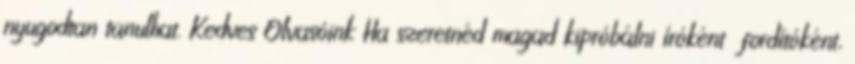
nyugodtan tanulhat. Kedves Olvasóink Ha szeretnéd magad kipróbálni íróként fordítóként,